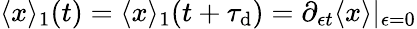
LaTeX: \langle x\rangle_{1}(t)=\langle x\rangle_{1}(t+\tau_{\mathrm{d}})=\partial_{\epsilon t}\langle x\rangle|_{\epsilon=0}